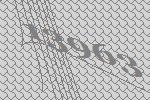
13963